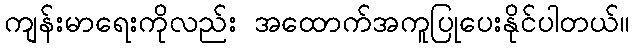
ကျန်းမာရေးကိုလည်း အထောက်အကူပြုပေးနိုင်ပါတယ်။